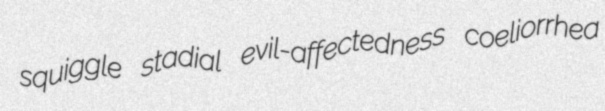
squiggle stadial evil-affectedness coeliorrhea